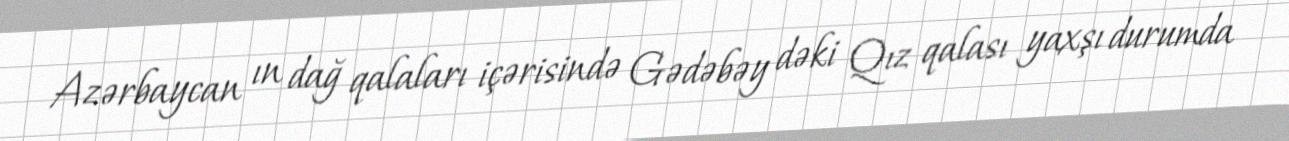
Azərbaycan ın dağ qalaları içərisində Gədəbəy dəki Qız qalası yaxşı durumda